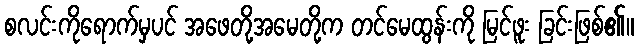
စလင်းကိုရောက်မှပင် အဖေတို့အမေတို့က တင်မေထွန်းကို မြင်ဖူး ခြင်းဖြစ်၏။